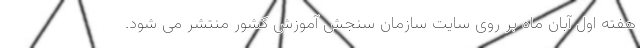
هفته اول آبان ماه بر روی سایت سازمان سنجش آموزش کشور منتشر می شود.